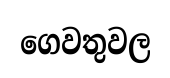
ගෙවතුවල